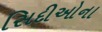
સિદીઓના